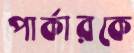
পার্কারকে